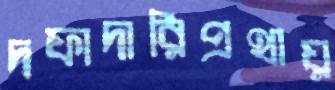
দফাদারিপ্রথায়